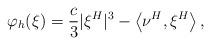
LaTeX: \begin{align*}\varphi_h(\xi)=\frac{c}{3}|\xi^H|^3-\left\langle \nu^H,\xi^H\right\rangle,\end{align*}